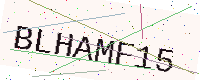
Text: BLHAMF15